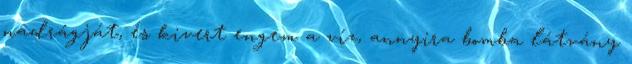
nadrágját, és kivert engem a víz, annyira bomba látvány